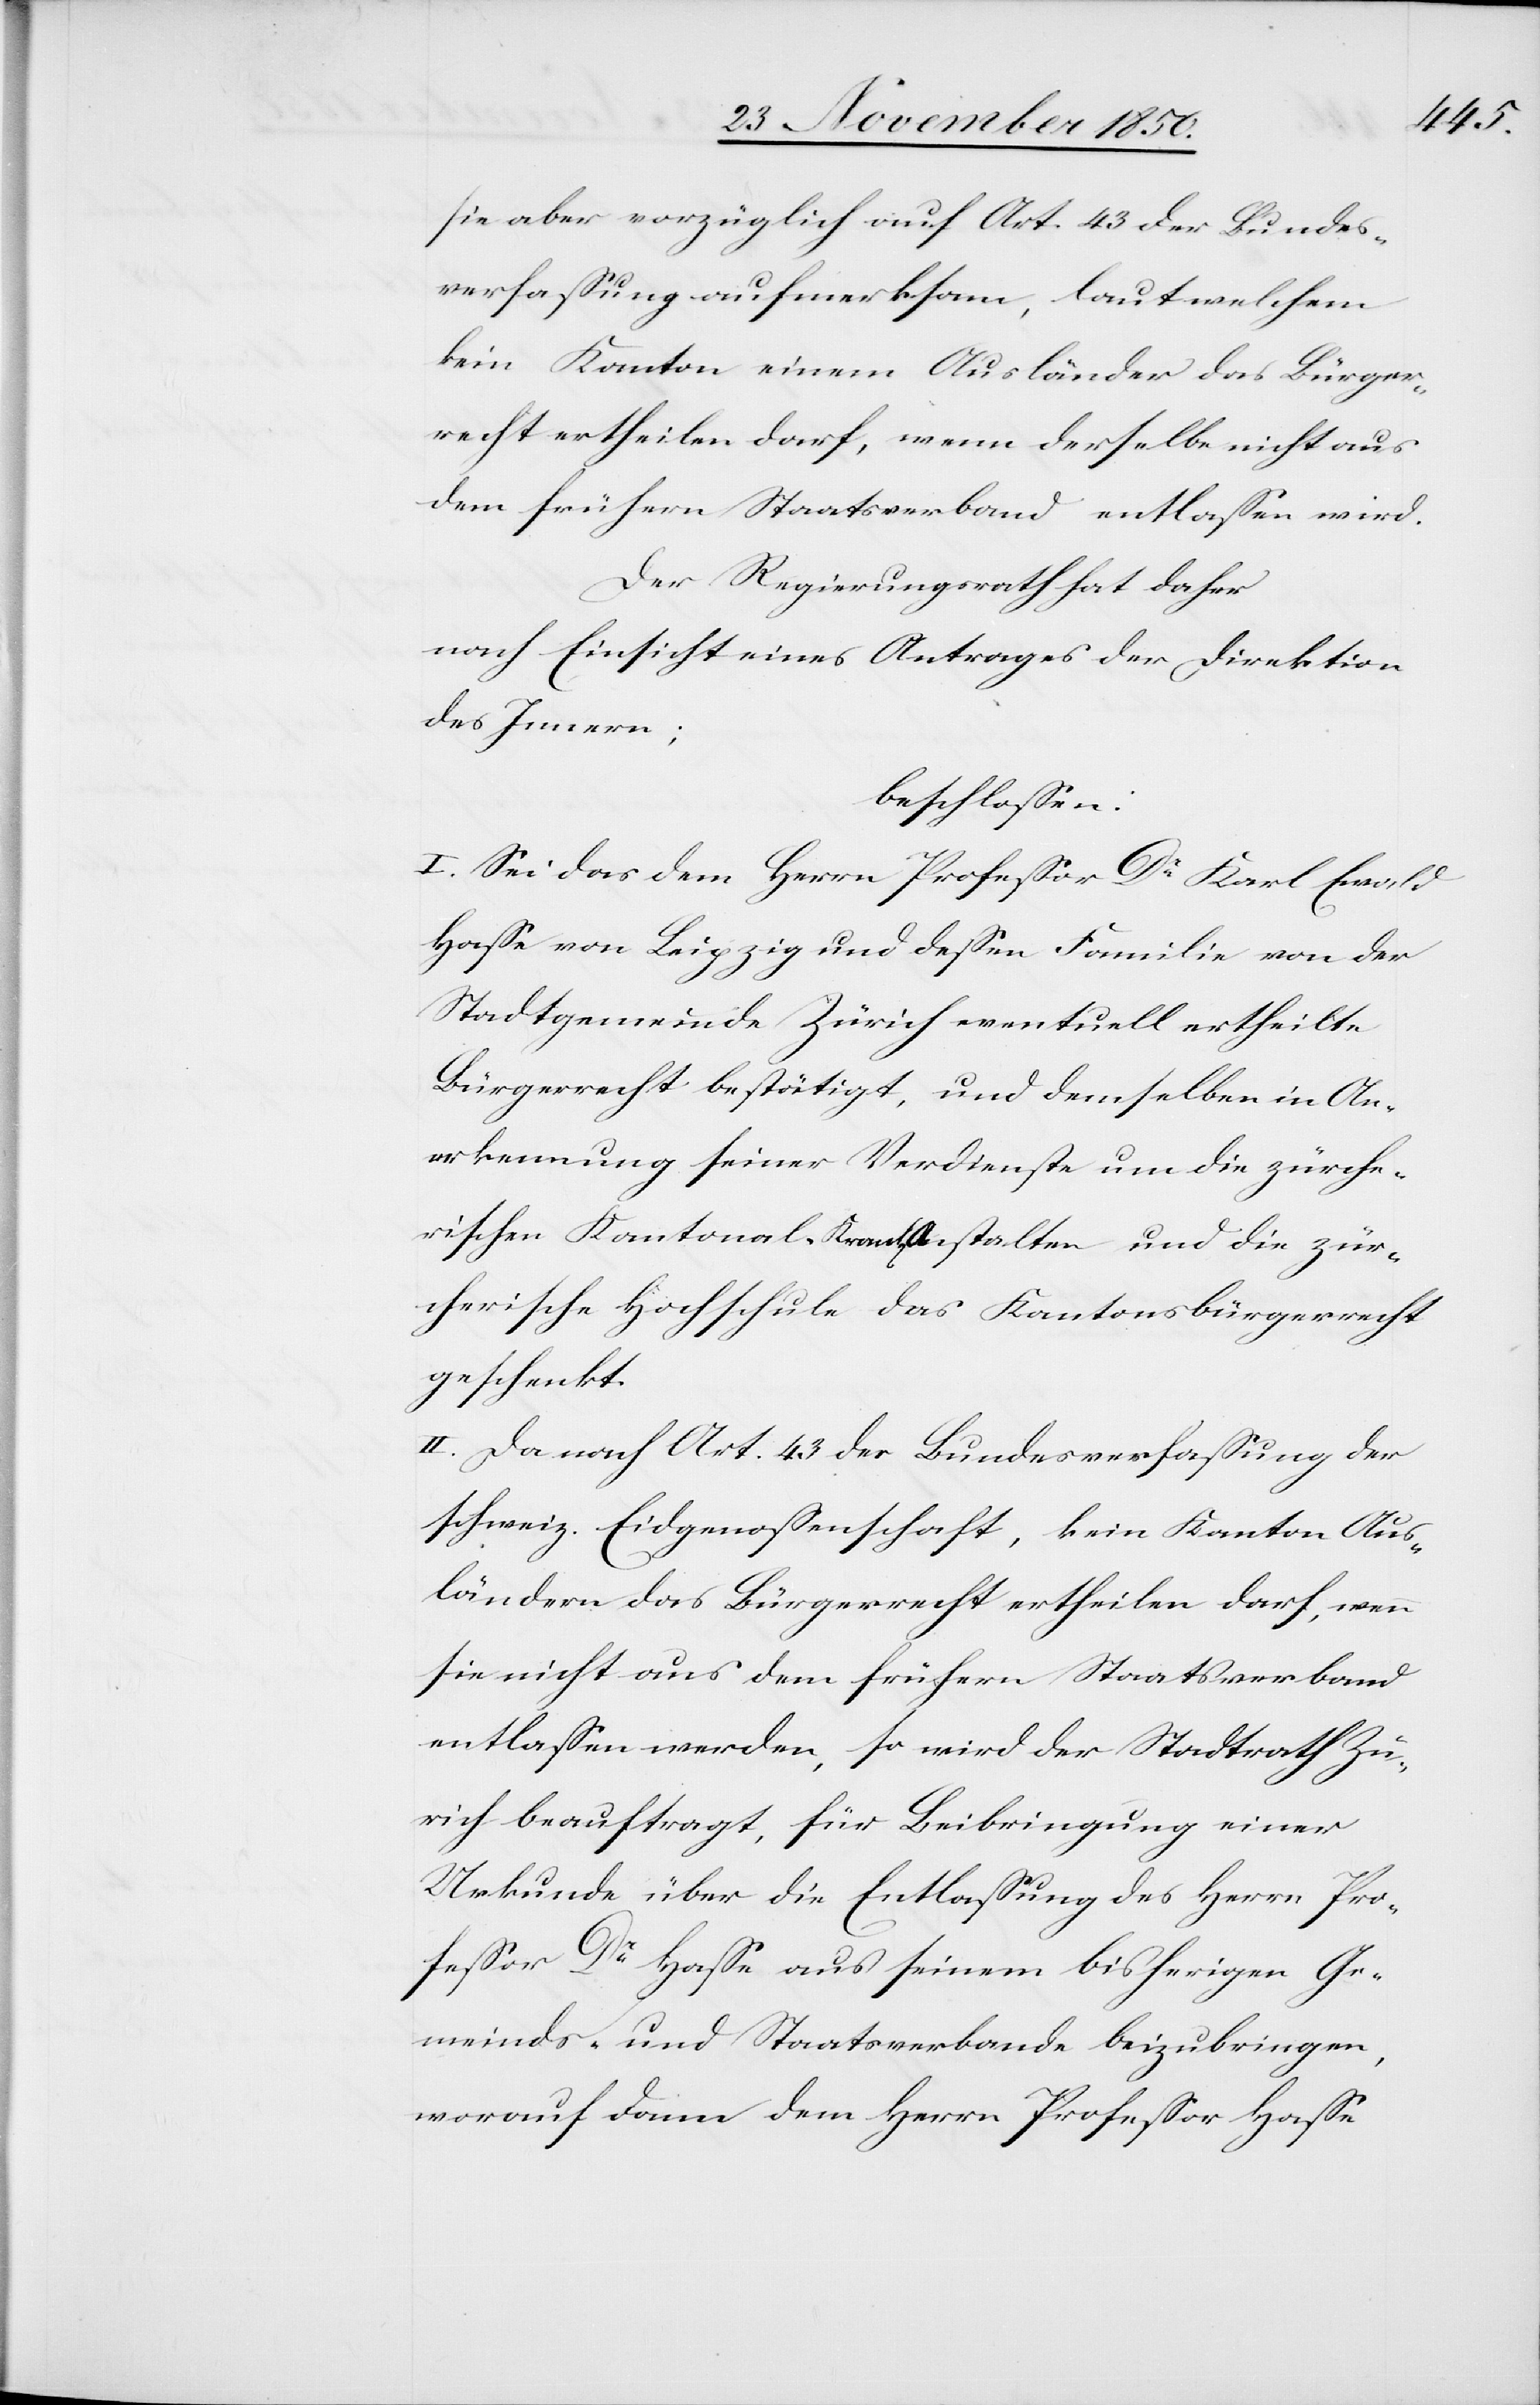
sie aber vorzüglich auf Art. 43 der Bundes¬
verfassung aufmerksam, laut welchem
kein Kanton einem Ausländer das Bürger¬
recht ertheilen darf, wenn derselbe nicht aus
dem frühern Staatsverband entlassen wird.
Der Regierungsrath hat daher
nach Einsicht eines Antrages der Direktion
des Innern;
beschlossen:
I. Sei das dem Herrn Professor Dr Karl Ewald
Hasse von Leipzig und dessen Familie von der
Stadtgemeinde Zürich eventuell ertheilte
Bürgerrecht bestätigt, und demselben in An¬
erkennung seiner Verdienste um die zürche¬
rischen Kantonal-Krank[en] Anstalten und die zür¬
cherische Hochschule das Kantonsbürgerrecht
geschenkt.
II. Da nach Art. 43 der Bundesverfassung der
schweiz. Eidgenossenschaft, kein Kanton Aus¬
ländern das Bürgerrecht ertheilen darf, wenn
sie nicht aus dem frühern Staatsverband
entlassen werden, so wird der Stadtrath Zü¬
rich beauftragt, für Beibringung einer
Urkunde über die Entlassung des Herrn Pro¬
fessor Dr Hasse aus seinem bisherigen Ge¬
meinds- und Staatsverbande beizubringen
worauf dann dem Herrn Professor Hasse